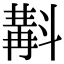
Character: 斠